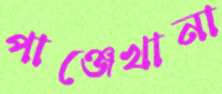
পাঞ্জেখানা